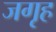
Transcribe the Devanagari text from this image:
जगृह